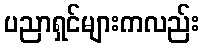
ပညာရှင်များကလည်း